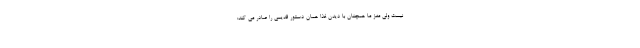
نیست ولی مغز ما همچنان با دیدن غذا همان دستور قدیمی را صادر می کند: